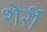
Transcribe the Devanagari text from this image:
शेर्री